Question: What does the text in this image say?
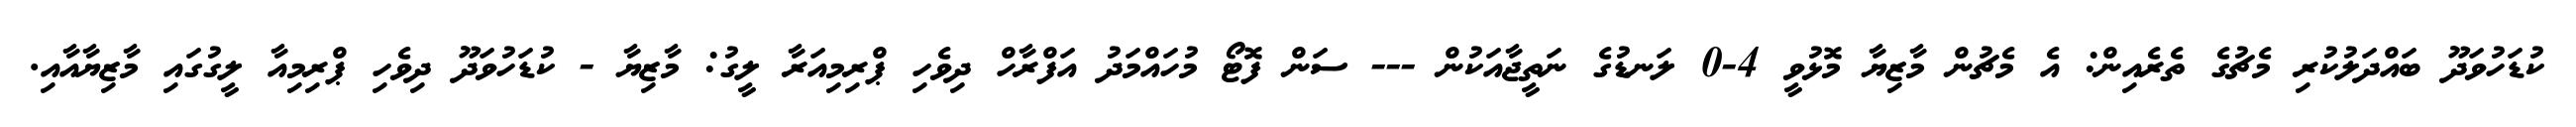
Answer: ކުޑަހުވަދޫ ބައްދަލުކުރި މެޗުގެ ތެރެއިން: އެ މެޗުން މާޒިޔާ މޮޅުވީ 4-0 ލަނޑުގެ ނަތީޖާއަކުން --- ސަން ފޮޓޯ މުހައްމަދު އަފްރާހް ދިވެހި ޕްރިމިއަރާ ލީގު: މާޒިޔާ - ކުޑަހުވަދޫ ދިވެހި ޕްރިމިއާ ލީގުގައި މާޒިޔާއާއި.